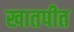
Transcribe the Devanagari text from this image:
खातपीत